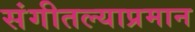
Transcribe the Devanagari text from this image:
संगीतल्याप्रमान